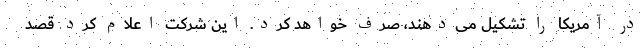
در آمریکا را تشکیل می‌دهند، صرف خواهد کرد. این شرکت اعلام کرد قصد